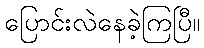
ပြောင်းလဲနေခဲ့ကြပြီ။